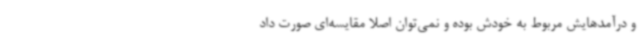
و درآمدهایش مربوط به خودش بوده و نمی‌توان اصلا مقایسه‌ای صورت داد